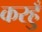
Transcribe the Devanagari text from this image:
करहुँ